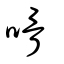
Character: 嗗